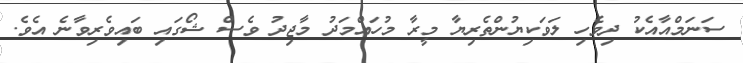
ސަނަމްއާއެކު ދިވެހި ލަވަކިޔުންތެރިޔާ މީރާ މުހައްމަދު މާޖިދު ވެސް ޝޯގައި ބައިވެރިވާނެ އެވެ.